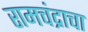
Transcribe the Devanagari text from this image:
रामचंद्राचा